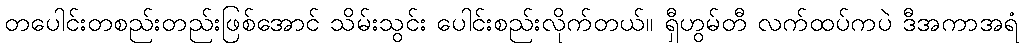
တပေါင်းတစည်းတည်းဖြစ်အောင် သိမ်းသွင်း ပေါင်းစည်းလိုက်တယ်။ ရှီဟွမ်တီ လက်ထပ်ကပဲ ဒီအကာအရံ